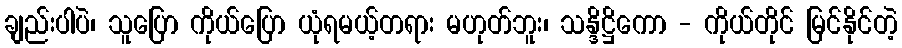
ချည်းပါပဲ၊ သူပြော ကိုယ်ပြော ယုံရမယ့်တရား မဟုတ်ဘူး၊ သန္ဒိဋ္ဌိကော - ကိုယ်တိုင် မြင်နိုင်တဲ့